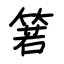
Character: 箬